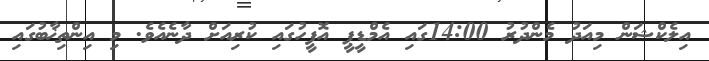
އިލެކްޝަން މިއަދު މެންދުރު 14:00ގައި އެމްޑީޕީ އޮފީހުގައި ކުރިއަށް ދާނެއެވެ. މި އިންތިޚާބުގައި